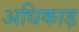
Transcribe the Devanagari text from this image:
अधिकाड़